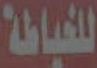
للخياطة